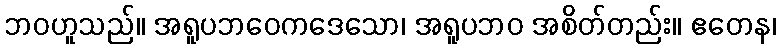
ဘဝဟူသည်။ အရူပဘဝေကဒေသော၊ အရူပဘဝ အစိတ်တည်း။ ဧတေန၊